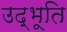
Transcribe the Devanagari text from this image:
उद्भूति